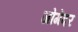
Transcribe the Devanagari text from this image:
जोगेंदर